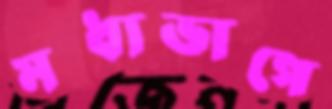
মধ্যভাগে